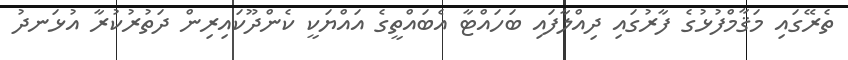
ތެރޭގައި މަޤާމްފުޅުގެ ފާރުގައި ދިއްލާފައި ބަހައްޓާ އެބައްތީގެ އައްޔަކީ ކެންދޫކައިރިން ދަތުރުކުރާ އުޅަނދު